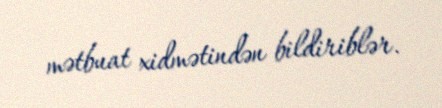
mətbuat xidmətindən bildiriblər.